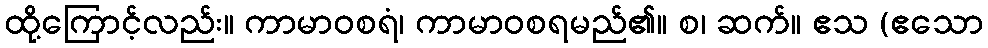
ထို့ကြောင့်လည်း။ ကာမာဝစရံ၊ ကာမာဝစရမည်၏။ စ၊ ဆက်။ ဧသ (ဧသော